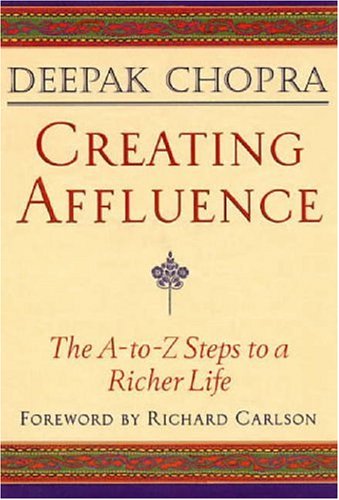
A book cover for Creating Affluence: The A-to-Z Steps to a Richer Life; Deepak Chopra; Politics & Social Sciences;